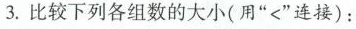
3.比较下列各组数的大小(用”<”连接)：